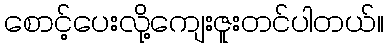
စောင့်ပေးလို့ကျေးဇူးတင်ပါတယ်။